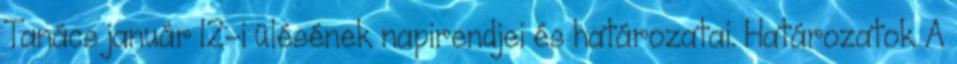
Tanács január 12-i ülésének napirendjei és határozatai. Határozatok A